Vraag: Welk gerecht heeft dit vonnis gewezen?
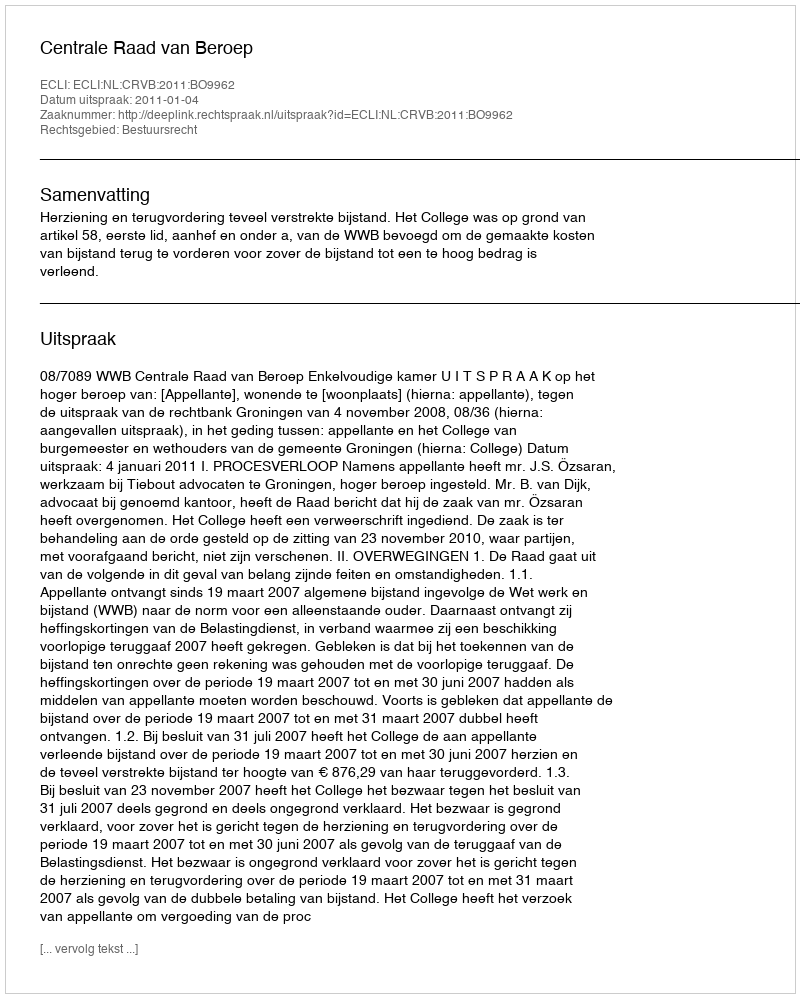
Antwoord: Centrale Raad van Beroep